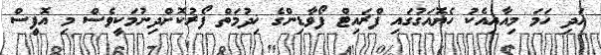
އަދި ހަމަ މިއާއިއެކު ހެޔޮއަގުގައި ފްރައިޓް ފޯވާޑިންގެ ޚިދުމަތް ފޯރުކޮށްދިނުމަކީވެސް މި އޮފީސް